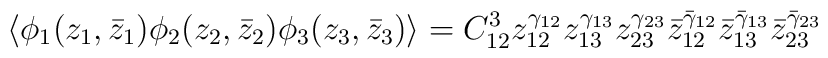
\langle \phi _{1}(z_{1},\bar{z}_{1})\phi _{2}(z_{2},\bar{z}_{2})\phi _{3}(z_{3},\bar{z}_{3})\rangle =C_{12}^{3}z_{12}^{\gamma _{12}}z_{13}^{\gamma _{13}}z_{23}^{\gamma _{23}}\bar{z}_{12}^{\bar{\gamma }_{12}}\bar{z}_{13}^{\bar{\gamma }_{13}}\bar{z}_{23}^{\bar{\gamma }_{23}}